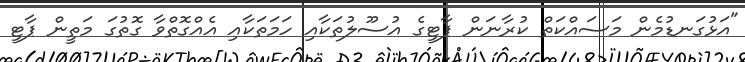
"އަޅުގަނޑުމެން މަސައްކަތް ކުރާނަން ޕާޓީގެ އުސޫލުތަކާއި ހަމަތަކާއި އެއްގޮތްވާ ގޮތުގަ މަތީން ޕާޓީ